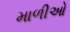
માળીઓ